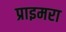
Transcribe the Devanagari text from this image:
प्राइमरा